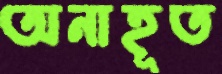
অনাহূত